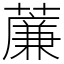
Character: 薕